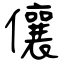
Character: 儴